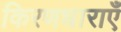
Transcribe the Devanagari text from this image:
किरणधाराएँ